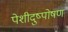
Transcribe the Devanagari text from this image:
पेशीदुष्पोषण